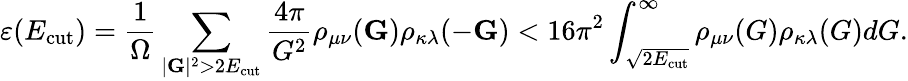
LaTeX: \varepsilon(E_{\mathrm{cut}})=\frac{1}{\Omega}\sum_{|\mathbf{G}|^{2}>2E_{\mathrm{cut}}}\frac{4\pi}{G^{2}}\rho_{\mu\nu}(\mathbf{G})\rho_{\kappa\lambda}(-\mathbf{G})<16\pi^{2}\int_{\sqrt{2E_{\mathrm{cut}}}}^{\infty}\rho_{\mu\nu}(G)\rho_{\kappa\lambda}(G)dG.